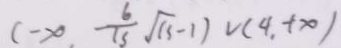
( - \infty , \frac { 6 } { 1 5 } \sqrt { 1 3 } - 1 ) v ( 4 , + \infty )